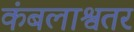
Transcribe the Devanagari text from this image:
कंबलाश्वतर